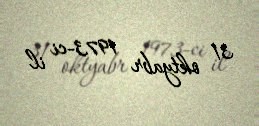
31 oktyabr 1973-ci il